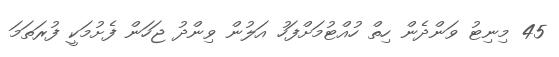
45 މިނިޓު ވަންދެން ހިތް ހުއްޓުމަށްފަހު އަލުން ވިންދު ޖަހަން ފެށުމަކީ ފުރަތަމަ